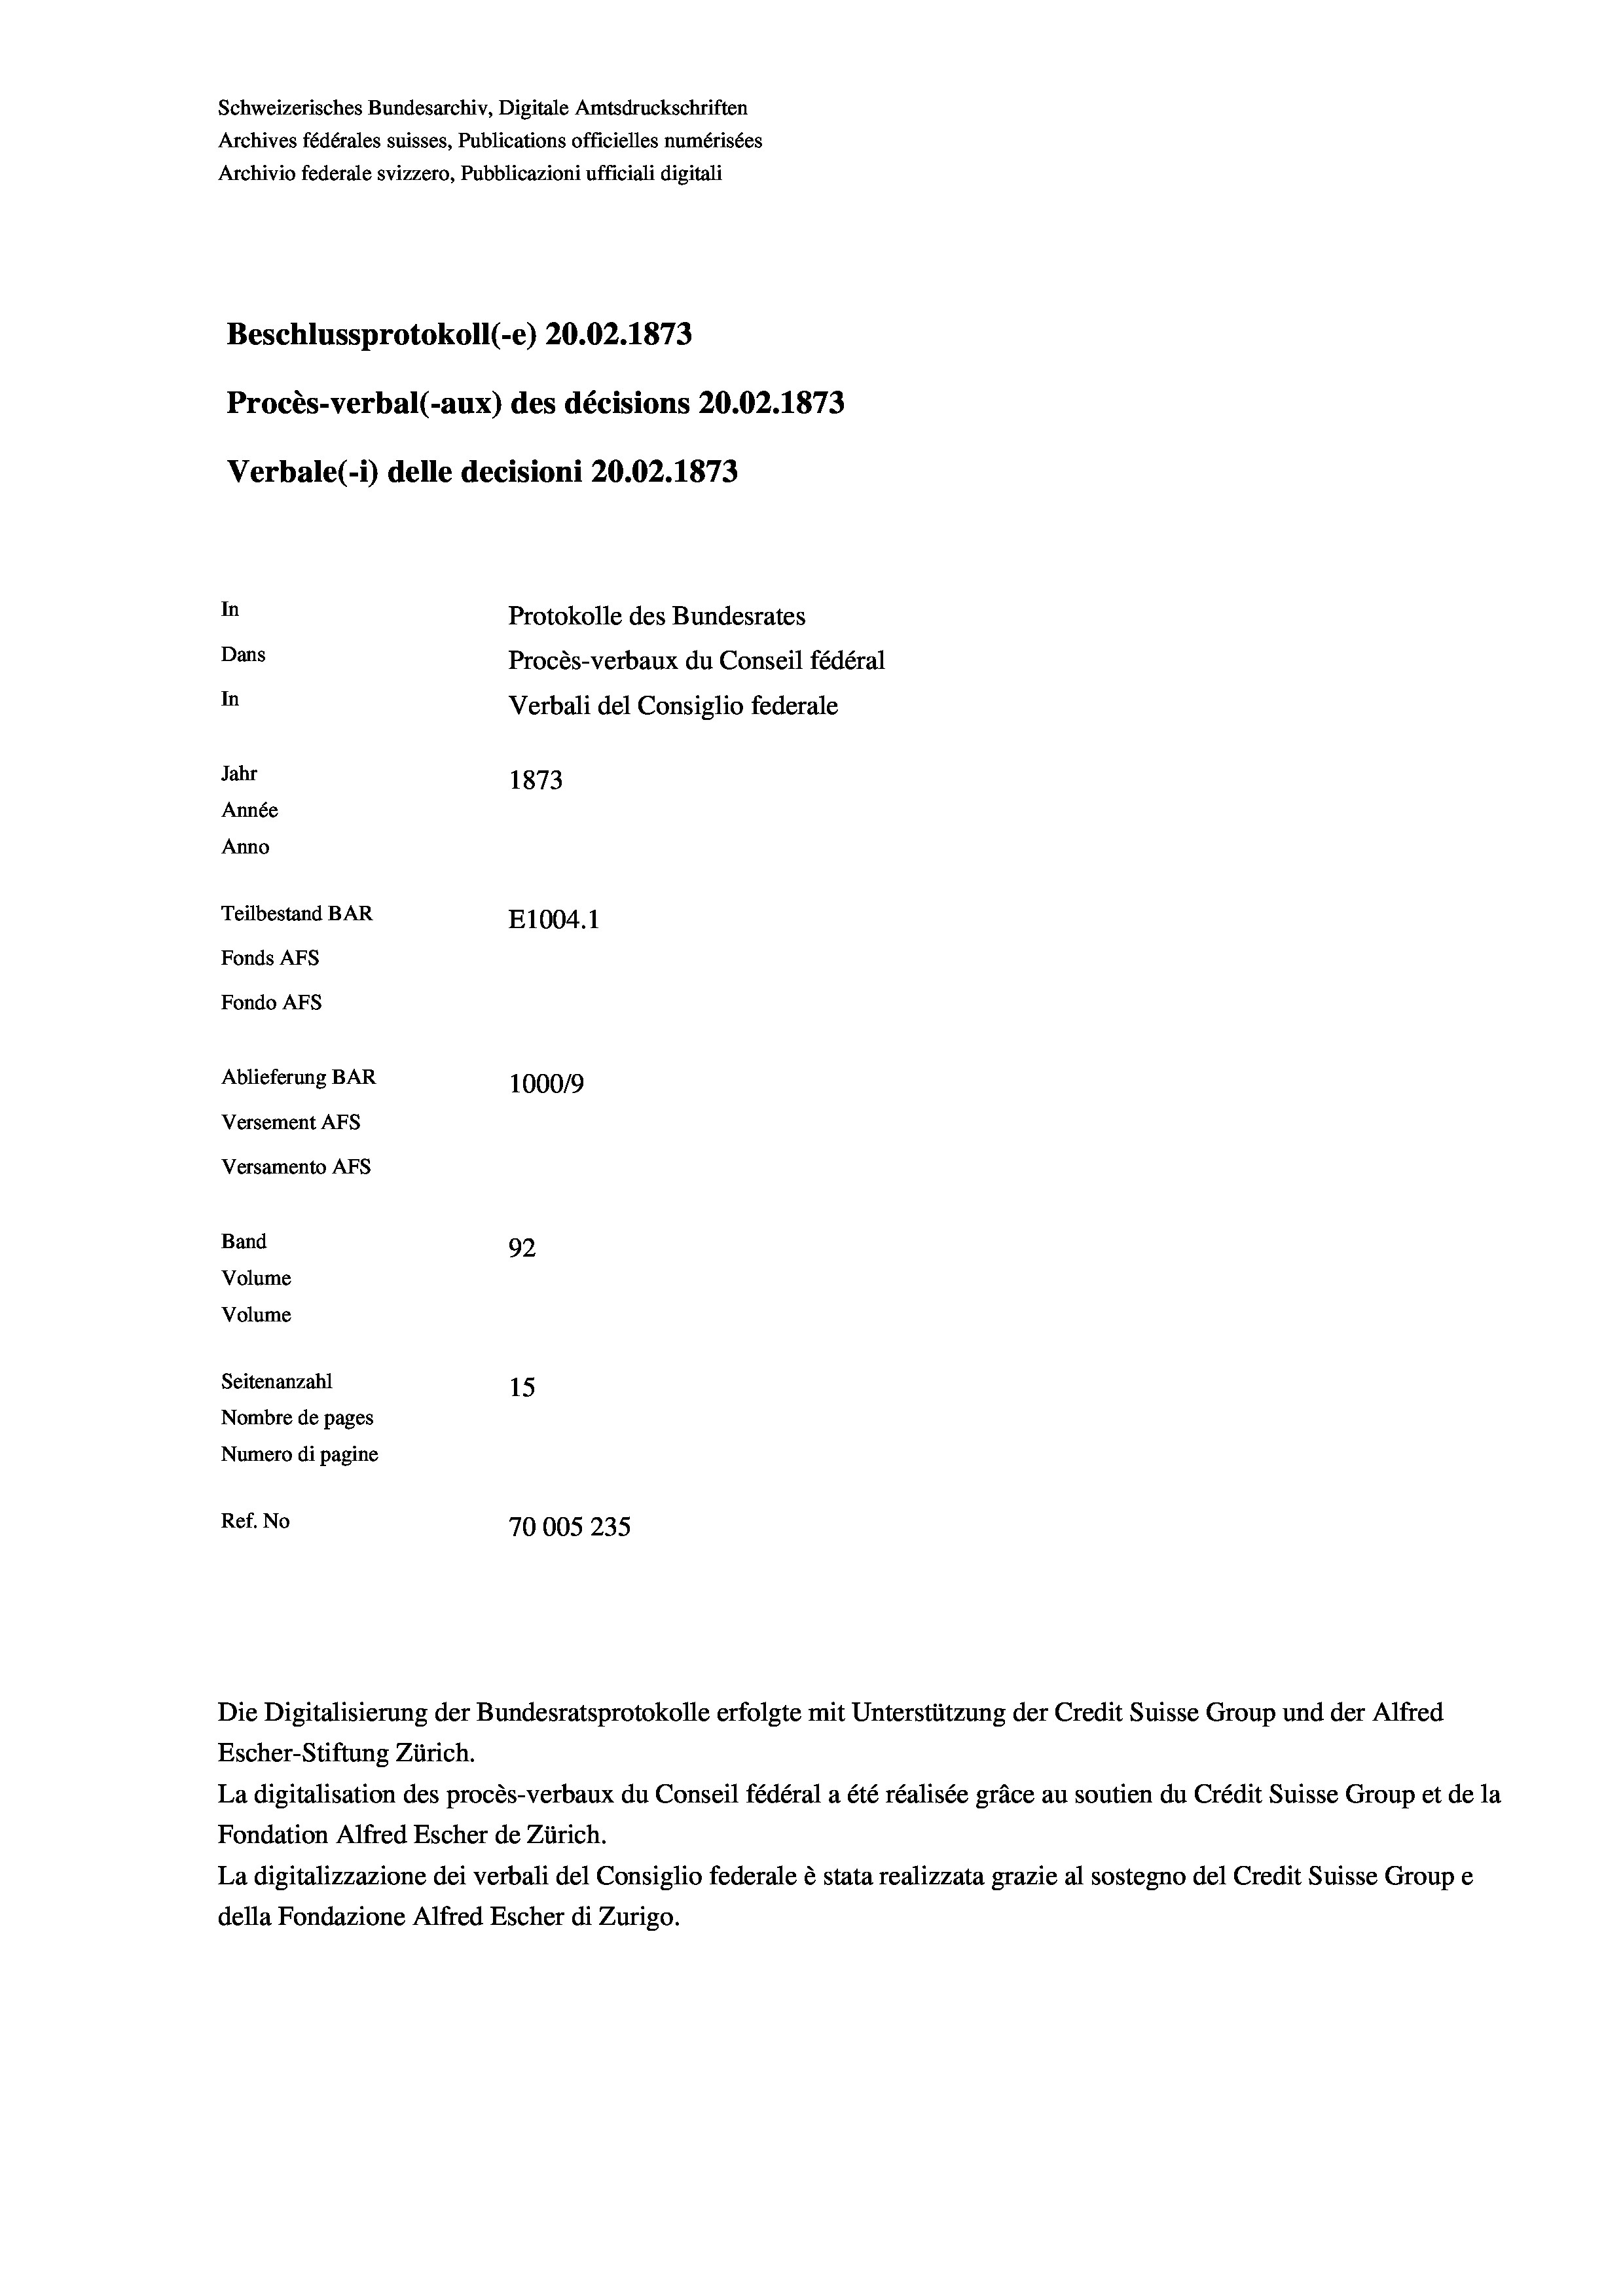
Schweizerisches Bundesarchiv, Digitale Amtsdruckschriften
Archives fédérales suisses, Publications officielles numérisées
Archivio federale svizzero, Pubblicazioni ufficiali digitali
Beschlussprotokoll (-e) 20.02. 1873
Procès-verbal (-aux) des décisions 20.02. 1873
Verbale (1) delle decisioni 20.02. 1873
In
Protokolle des Bundesrates
Dans
Procès-verbaux du Conseil fédéral
In
Verbali del Consiglio federale
Jahr
1873
Année
Anno
Teilbestand BAR
E1004. 1
Fonds AFs
Fondo AFs
Ablieferung BAR
1000/9
Versement Abs
Versamento Afs
Band
92
Volume
Volume

Seitenanzahl
15
Nombre de pages
Numero di pagine
Ref. No
70005235

Escher-Stiftung Zürich.
La digitalisation des procès-verbaux du Conseil fédéral a été réalisée gräce au soutien du Crédit Suisse Group et de la
Fondation Alfred Escher de Zürich.
La digitalizzazione dei verbali del Consiglio federale è stata realizzata grazie al sostegno del Credit Suisse Groupe
della Fondazione Alfred Escher di Zurigo.

Die Digitalisierung der Bundesratsprotokolle erfolgte mit Unterstützung der Credit Suisse Group und der Alfred